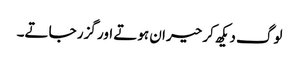
لوگ دیکھ کر حیران ہوتے اور گزر جاتے۔